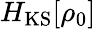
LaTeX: H_{\mathrm{KS}}[\rho_{0}]